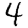
Digit: 4